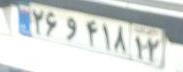
۲۶و۴۱۸۱۲